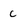
Character: c